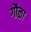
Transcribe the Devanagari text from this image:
गौळा